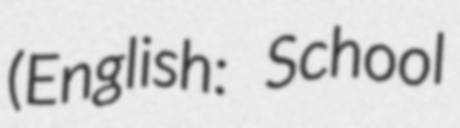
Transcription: (English: School